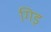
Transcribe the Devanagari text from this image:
गिड़